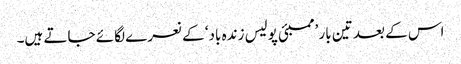
اس کے بعد تین بار ’ممبئی پولیس زندہ باد‘ کے نعرے لگائے جاتے ہیں۔